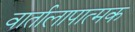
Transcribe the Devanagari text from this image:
वार्तालापात्मक